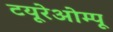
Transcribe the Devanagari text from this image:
टयूरेओम्पू